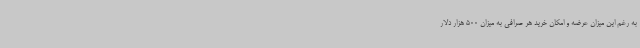
به رغم این میزان عرضه و امکان خرید هر صرافی به میزان 500 هزار دلار